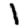
Digit: 1